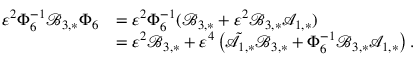
\begin{array} { r l } { \varepsilon ^ { 2 } \Phi _ { 6 } ^ { - 1 } \mathcal { B } _ { 3 , * } \Phi _ { 6 } } & { = \varepsilon ^ { 2 } \Phi _ { 6 } ^ { - 1 } ( \mathcal { B } _ { 3 , * } + \varepsilon ^ { 2 } \mathcal { B } _ { 3 , * } \mathcal { A } _ { 1 , * } ) } \\ & { = \varepsilon ^ { 2 } \mathcal { B } _ { 3 , * } + \varepsilon ^ { 4 } \left( \tilde { \mathcal { A } } _ { 1 , * } \mathcal { B } _ { 3 , * } + \Phi _ { 6 } ^ { - 1 } \mathcal { B } _ { 3 , * } \mathcal { A } _ { 1 , * } \right) . } \end{array}